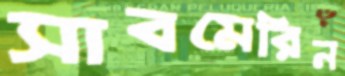
সাবমেরিন